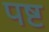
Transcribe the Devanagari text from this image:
पष्ट